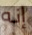
إنه